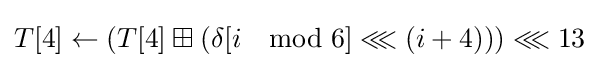
T[4]\leftarrow \left(T[4]\boxplus \left(\delta [i\mod 6]\lll \left(i+4\right)\right)\right)\lll 13